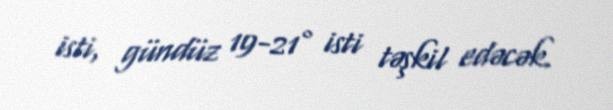
isti, gündüz 19-21° isti təşkil edəcək.